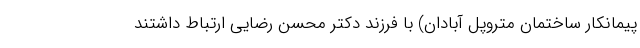
پیمانکار ساختمان متروپل آبادان) با فرزند دکتر محسن رضایی ارتباط داشتند